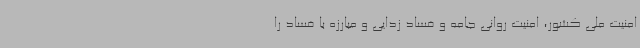
امنیت ملی کشور، امنیت روانی جامه و فساد زدایی و مبارزه با فساد را